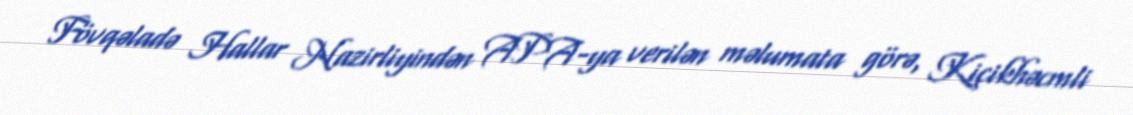
Fövqəladə Hallar Nazirliyindən APA-ya verilən məlumata görə, Kiçikhəcmli